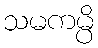
သမကမ္ပိ